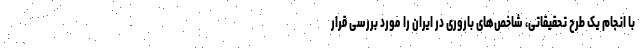
با انجام یک طرح تحقیقاتی، شاخص‌های باروری در ایران را مورد بررسی قرار